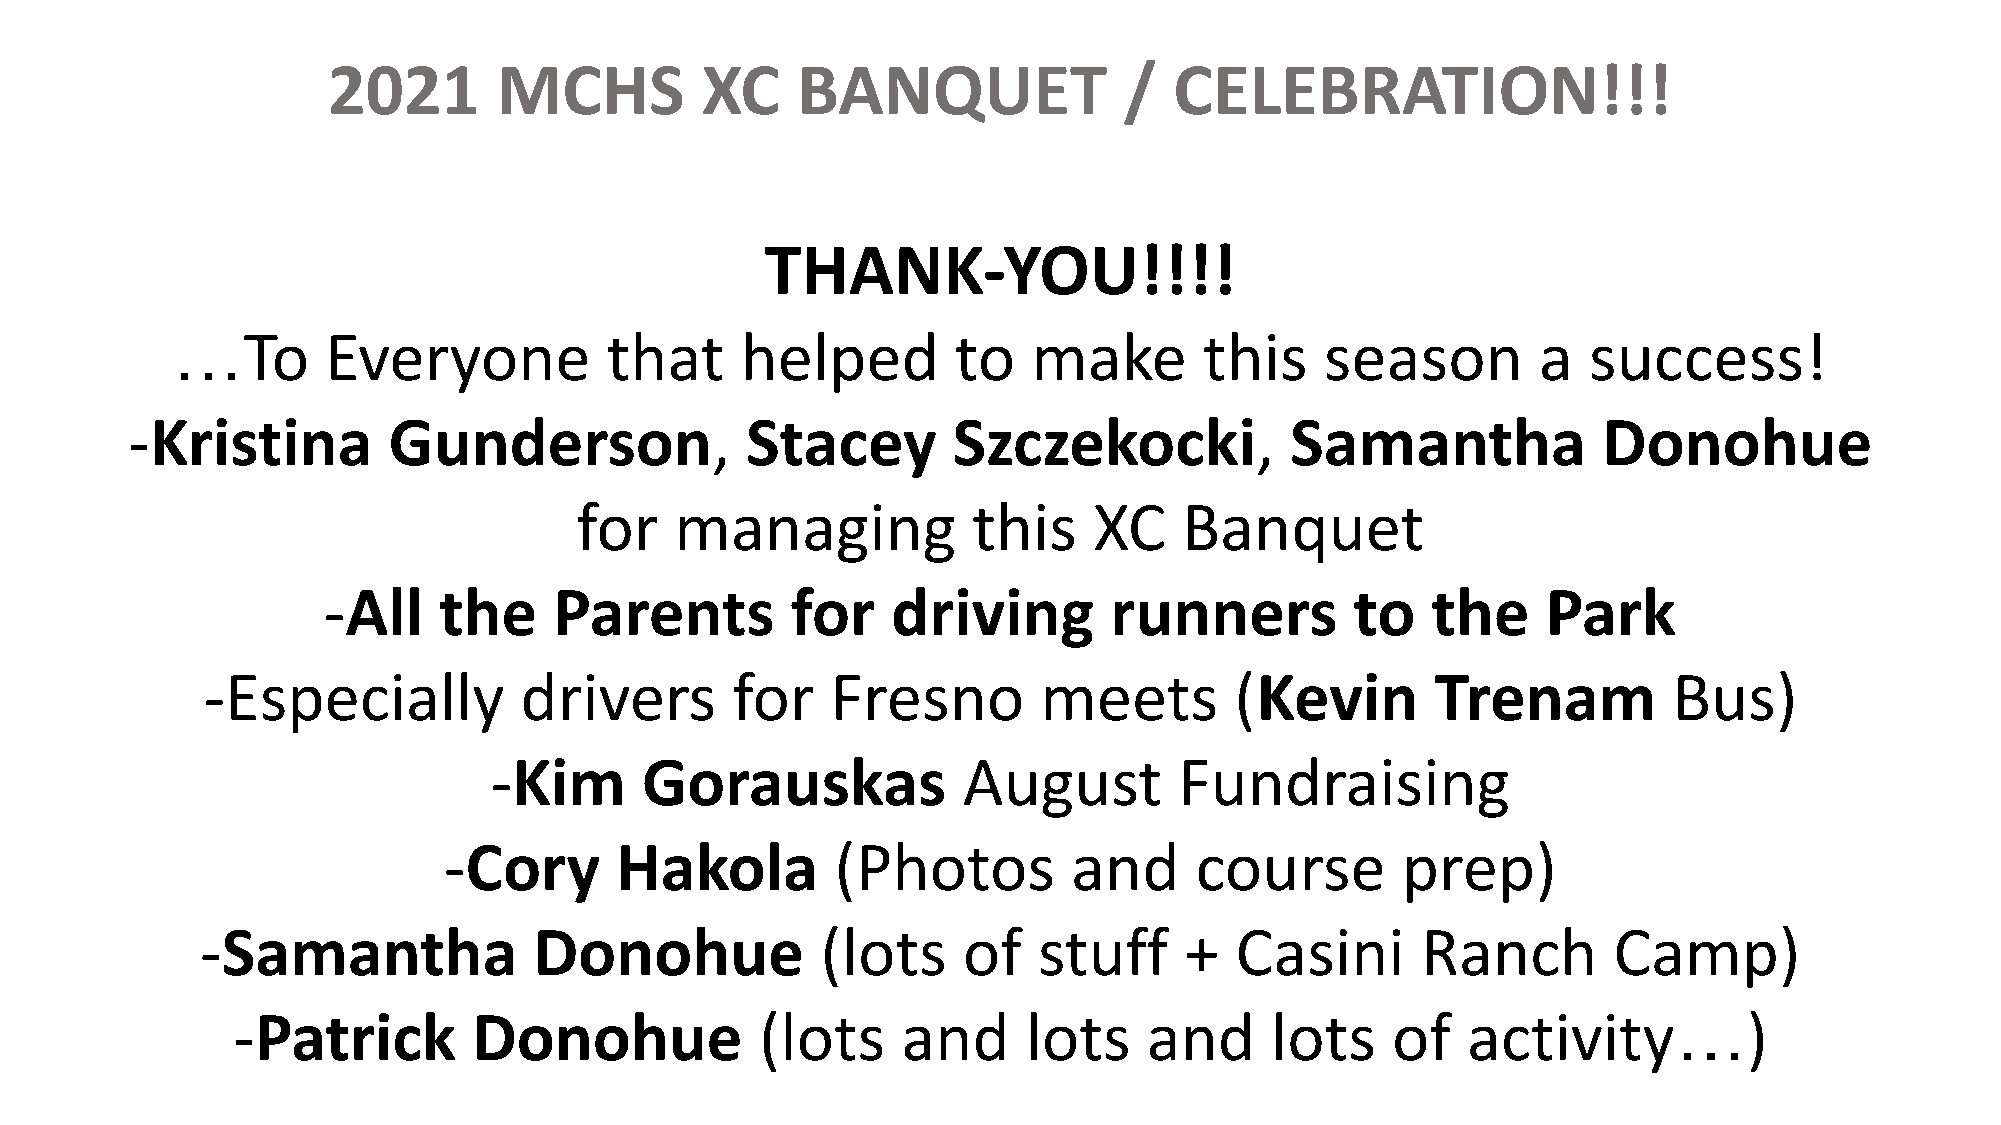
2021       MCHS         XC     BANQUET              /   CELEBRATION!!!
 THANK-YOU!!!!
 …To        Everyone          that     helped        to   make        this    season        a  success!
 -Kristina         Gunderson,             Stacey        Szczekocki,           Samantha             Donohue
 for    managing           this    XC    Banquet
 -All    the     Parents        for    driving       runners          to   the    Park
 -Especially          drivers       for    Fresno        meets        (Kevin       Trenam          Bus)
 -Kim      Gorauskas             August        Fundraising
 -Cory       Hakola        (Photos         and     course        prep)
 -Samantha             Donohue            (lots     of   stuff    +   Casini      Ranch        Camp)
 -Patrick        Donohue            (lots     and     lots    and     lots    of   activity…)